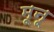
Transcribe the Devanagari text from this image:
मूनू